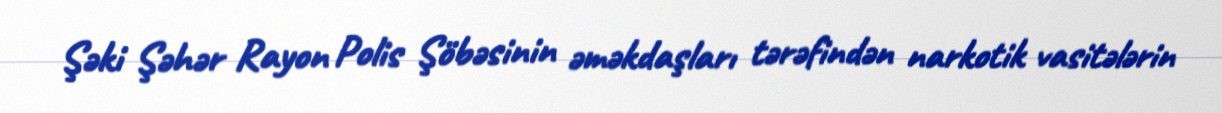
Şəki Şəhər Rayon Polis Şöbəsinin əməkdaşları tərəfindən narkotik vasitələrin